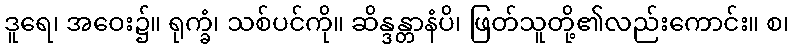
ဒူရေ၊ အဝေး၌။ ရုက္ခံ၊ သစ်ပင်ကို။ ဆိန္ဒန္တာနံပိ၊ ဖြတ်သူတို့၏လည်းကောင်း။ စ၊